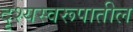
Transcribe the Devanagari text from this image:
दृश्यस्वरूपातील